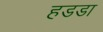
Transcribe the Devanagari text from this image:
हडडा